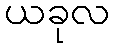
ယခုလ